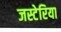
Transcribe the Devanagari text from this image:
जस्टेरिया